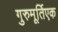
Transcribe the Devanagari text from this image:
गुरुमूर्तिएक